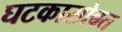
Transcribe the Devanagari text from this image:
घटकासोबत